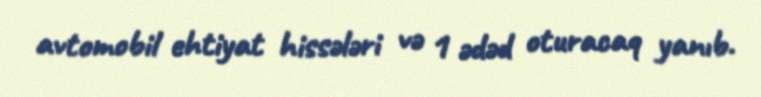
avtomobil ehtiyat hissələri və 1 ədəd oturacaq yanıb.